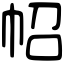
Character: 𢁾